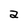
Character: a